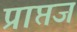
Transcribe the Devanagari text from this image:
प्राप्तज